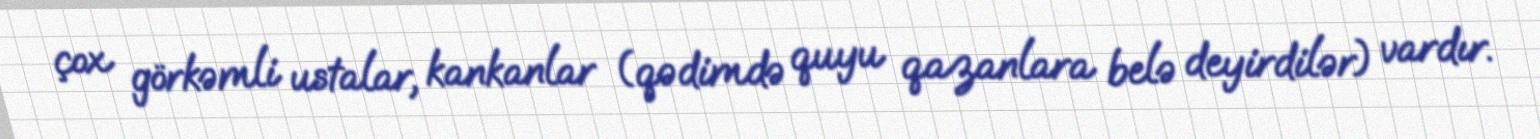
çox görkəmli ustalar, kankanlar (qədimdə quyu qazanlara belə deyirdilər) vardır.